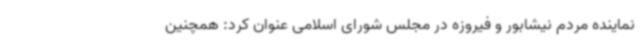
نماینده مردم نیشابور و فیروزه در مجلس شورای اسلامی عنوان کرد: همچنین